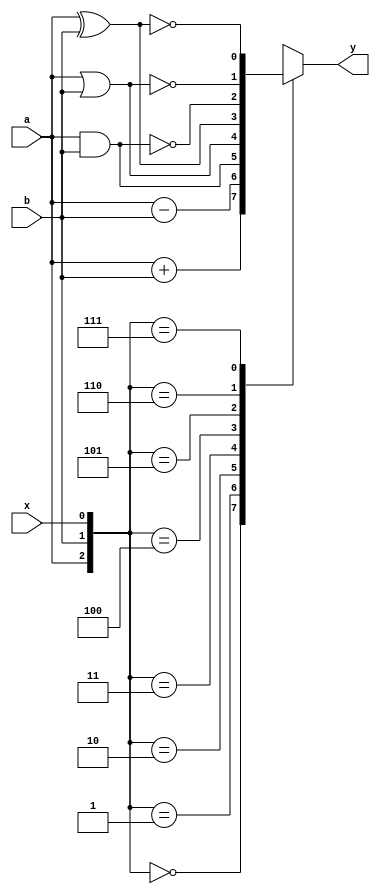
module alu_impl(output y,
                input a, b, x);
    reg y;

    always @(a or b or x) begin
        case ({a, b, x})
            3'b000: y =   a + b ;
            3'b001: y =   a - b ;
            3'b010: y =   a & b ;
            3'b011: y =   a | b ;
            3'b100: y =   a ^ b ;
            3'b101: y = ~(a & b);
            3'b110: y = ~(a | b);
            3'b111: y = ~(a ^ b);
        endcase
    end
endmodule